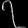
Digit: ၇